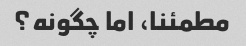
مطمئنا، اما چگونه؟